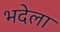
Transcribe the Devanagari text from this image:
भदेला